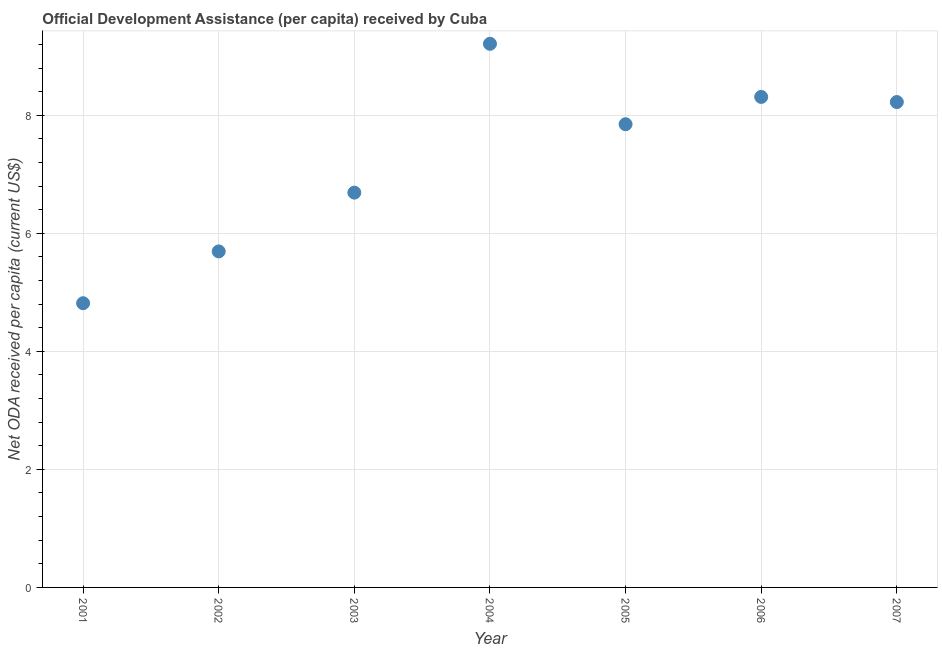
| Year | Net ODA received per capita |
 | --- | --- |
 | 2001 | 4.82 |
 | 2002 | 5.69 |
 | 2003 | 6.69 |
 | 2004 | 9.21 |
 | 2005 | 7.85 |
 | 2006 | 8.31 |
 | 2007 | 8.22 |